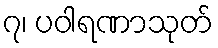
၇၊ ပဝါရဏာသုတ်